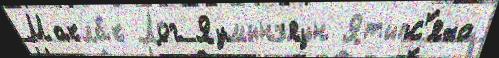
Макла́к Лог Яумынъяун Ятыпс'́яха